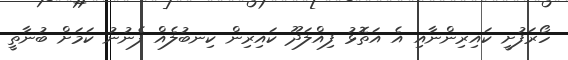
ހޯރަފުށީ ކައިރިންނާއި އެ އަތޮޅު ފިއްލަދޫ ކައިރިން ކިނބުލެއް ފެނުނު ކަމަށް ބުނާތީ